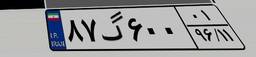
۴۵گ۳۷۱۶۹